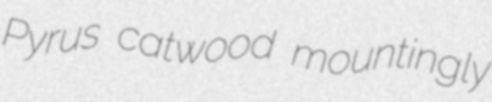
Pyrus catwood mountingly